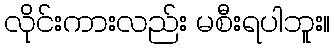
လိုင်းကားလည်း မစီးရပါဘူး။